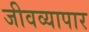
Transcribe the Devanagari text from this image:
जीवव्यापार